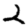
Digit: 2